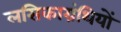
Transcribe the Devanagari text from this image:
लसिकाग्रंथियों